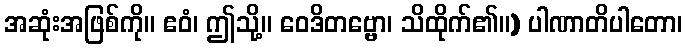
အဆုံးအဖြစ်ကို။ ဧဝံ၊ ဤသို့။ ဝေဒိတဗ္ဗော၊ သိထိုက်၏။) ပါဏာတိပါတော၊